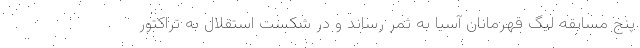
پنج مسابقه لیگ قهرمانان آسیا به ثمر رساند و در شکست استقلال به تراکتور